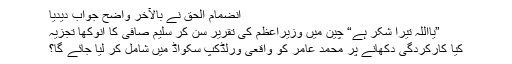
انضمام الحق نے بالآخر واضح جواب دیدیا
”یااللہ تیرا شکر ہے“ چین میں وزیراعظم کی تقریر سن کر سلیم صافی کا انوکھا تجزیہ
کیا کارکردگی دکھانے پر محمد عامر کو واقعی ورلڈکپ سکواڈ میں شامل کر لیا جائے گا؟